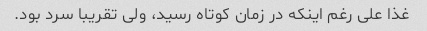
غذا على رغم اینکه در زمان کوتاه رسید، ولى تقریبا سرد بود.